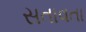
સતાવતા